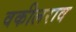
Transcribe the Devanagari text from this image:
वकीलराव